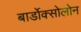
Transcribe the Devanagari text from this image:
बार्डोक्सोलोन